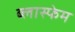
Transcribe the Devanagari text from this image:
ब्लास्फेम